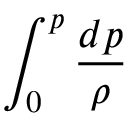
\int _ { 0 } ^ { p } { \frac { d p } { \rho { } } }